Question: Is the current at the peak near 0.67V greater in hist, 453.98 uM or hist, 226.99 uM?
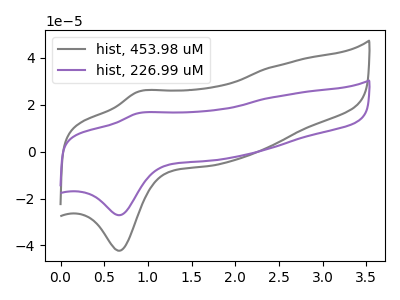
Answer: <think>The gray curve "hist, 453.98 uM" has an anodic peak at (0.90V, 25.55uA) and a cathodic peak at (0.65V, -42.30uA). The purple curve "hist, 226.99 uM" has an anodic peak at (0.90V, 16.40uA) and a cathodic peak at (0.65V, -27.15uA).</think>
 <answer>The peak at 0.67V is higher in "hist, 453.98 uM" than in "hist, 226.99 uM".</answer>
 <eval>higher</eval>